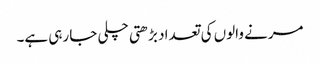
مرنے والوں کی تعداد بڑھتی چلی جا رہی ہے۔